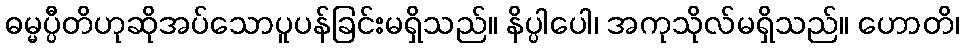
ဓမ္မပ္ပီတိဟုဆိုအပ်သောပူပန်ခြင်းမရှိသည်။ နိပ္ပါပေါ၊ အကုသိုလ်မရှိသည်။ ဟောတိ၊